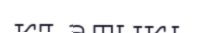
къатыкь